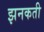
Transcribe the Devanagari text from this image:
झनकती